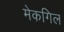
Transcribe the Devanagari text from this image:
मेकगिल